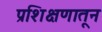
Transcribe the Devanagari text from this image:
प्रशिक्षणातून